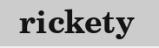
rickety